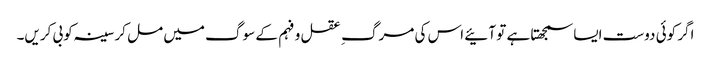
اگر کوئی دوست ایسا سمجھتا ہے تو آئیے اس کی مرگ ِ عقل و فہم کے سوگ میں مل کر سینہ کوبی کریں۔